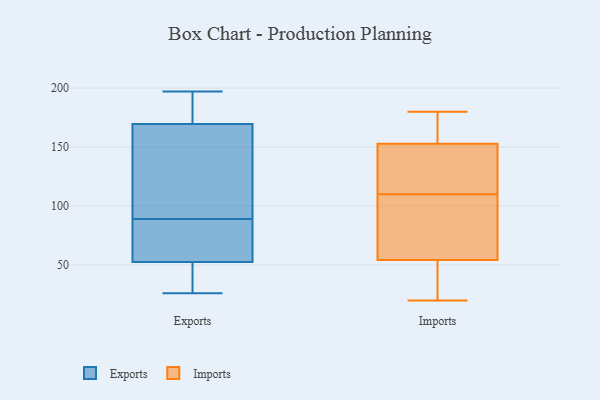
{"axis": {"x": "Operating Costs (USD K)", "y": "Value"}, "legend": ["Exports", "Imports"], "data": [{"x": "", "y": 189, "type": "Exports"}, {"x": "", "y": 55, "type": "Exports"}, {"x": "", "y": 40, "type": "Exports"}, {"x": "", "y": 96, "type": "Exports"}, {"x": "", "y": 188, "type": "Exports"}, {"x": "", "y": 33, "type": "Exports"}, {"x": "", "y": 50, "type": "Exports"}, {"x": "", "y": 98, "type": "Exports"}, {"x": "", "y": 197, "type": "Exports"}, {"x": "", "y": 85, "type": "Exports"}, {"x": "", "y": 89, "type": "Exports"}, {"x": "", "y": 32, "type": "Exports"}, {"x": "", "y": 173, "type": "Exports"}, {"x": "", "y": 82, "type": "Exports"}, {"x": "", "y": 167, "type": "Exports"}, {"x": "", "y": 172, "type": "Exports"}, {"x": "", "y": 26, "type": "Exports"}, {"x": "", "y": 61, "type": "Exports"}, {"x": "", "y": 152, "type": "Exports"}, {"x": "", "y": 89, "type": "Exports"}, {"x": "", "y": 141, "type": "Imports"}, {"x": "", "y": 44, "type": "Imports"}, {"x": "", "y": 180, "type": "Imports"}, {"x": "", "y": 99, "type": "Imports"}, {"x": "", "y": 153, "type": "Imports"}, {"x": "", "y": 54, "type": "Imports"}, {"x": "", "y": 110, "type": "Imports"}, {"x": "", "y": 112, "type": "Imports"}, {"x": "", "y": 62, "type": "Imports"}, {"x": "", "y": 55, "type": "Imports"}, {"x": "", "y": 153, "type": "Imports"}, {"x": "", "y": 159, "type": "Imports"}, {"x": "", "y": 100, "type": "Imports"}, {"x": "", "y": 20, "type": "Imports"}, {"x": "", "y": 120, "type": "Imports"}, {"x": "", "y": 161, "type": "Imports"}, {"x": "", "y": 152, "type": "Imports"}, {"x": "", "y": 47, "type": "Imports"}, {"x": "", "y": 31, "type": "Imports"}]}